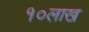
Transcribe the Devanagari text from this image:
१०लाख